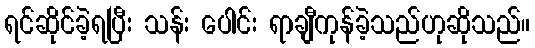
ရင်ဆိုင်ခဲ့ရပြီး သန်း ပေါင်း ရာချီကုန်ခဲ့သည်ဟုဆိုသည်။